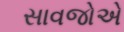
સાવજોએ